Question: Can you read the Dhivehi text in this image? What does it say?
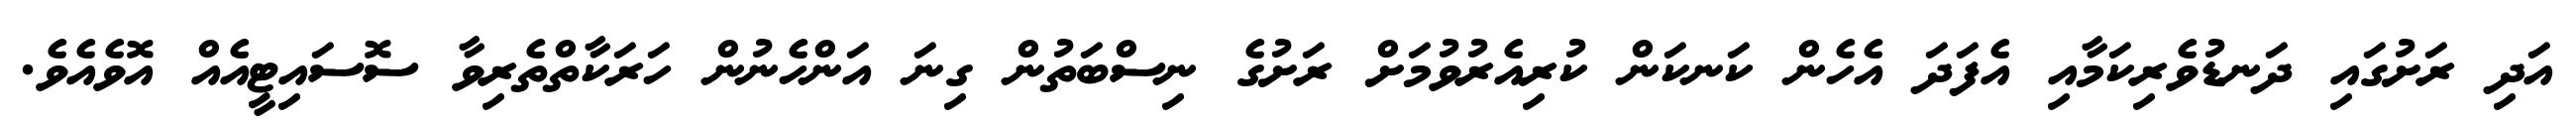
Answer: އަދި ރަށުގައި ދަނޑުވެރިކަމާއި އެފަދަ އެހެން ކަނކަން ކުރިއެރުވުމަށް ރަށުގެ ނިސްބަތުން ގިނަ އަންހެނުން ހަރަކާތްތެރިވާ ސޮސައިޓީއެއް އޮވެއެވެ.